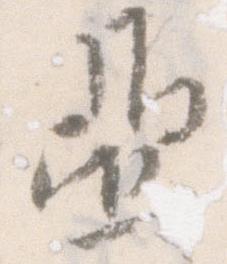
亜